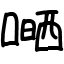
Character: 嗮